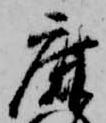
鹿